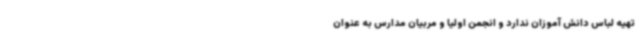
تهیه لباس دانش آموزان ندارد و انجمن اولیا و مربیان مدارس به عنوان